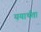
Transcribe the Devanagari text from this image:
ययार्थता